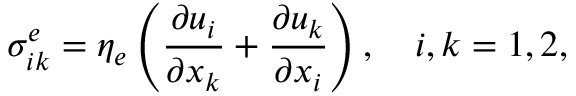
\sigma _ { i k } ^ { e } = \eta _ { e } \left( \frac { \partial u _ { i } } { \partial x _ { k } } + \frac { \partial u _ { k } } { \partial x _ { i } } \right) , \quad i , k = 1 , 2 ,